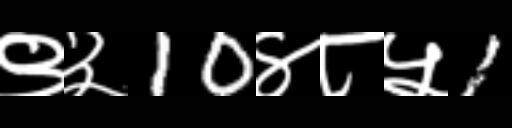
Text: ९३10४८५1